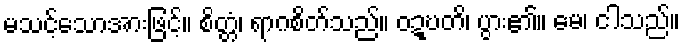
မသင့်သောအားဖြင့်။ စိတ္တံ၊ ရာဂစိတ်သည်။ ဝဍ္ဎတိ၊ ပွား၏။ မေ၊ ငါသည်။